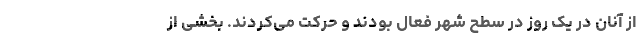
از آنان در یک روز در سطح شهر فعال بودند و حرکت می‌کردند. بخشی از